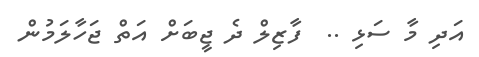
އަދި މާ ސަޅި ..  ފާޒިލް ދެ ޖީބަށް އަތް ޖަހާލަމުން